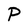
Character: P